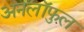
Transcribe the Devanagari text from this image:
अनलॉफुल